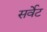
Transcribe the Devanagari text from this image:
सर्वेट